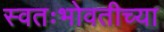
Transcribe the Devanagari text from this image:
स्वतःभोवतीच्या